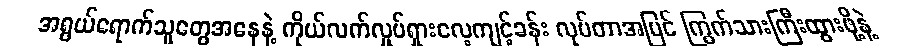
အရွယ်ရောက်သူတွေအနေနဲ့ ကိုယ်လက်လှုပ်ရှားလေ့ကျင့်ခန်း လုပ်တာအပြင် ကြွက်သားကြီးထွားဖို့နဲ့